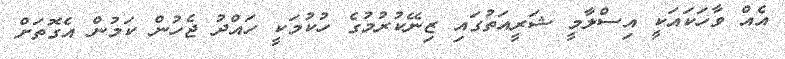
އެއް ވާހަކައަކީ އިސްލާމީ ޝަރީއަތުގައި ޒިނޭކުރުމުގެ ހުކުމަކީ ހައްދު ޖެހުން ކަމުން އެގޮތަށް